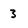
Character: 3